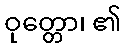
ဝုတ္တော၊ ၏